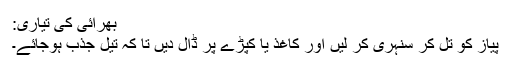
بھرائی کی تیاری:
پیاز کو تل کر سنہری کر لیں اور کاغذ یا کپڑے پر ڈال دیں تا کہ تیل جذب ہوجائے۔